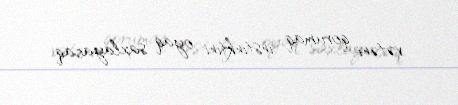
vətəni qorumaq instinktini oyaq saxlayacaq.